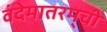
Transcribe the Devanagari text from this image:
वंदेमातरम्‌ची